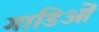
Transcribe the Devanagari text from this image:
गाडिओं